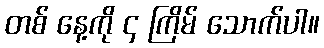
တစ် နေ့ကို ၄ ကြိမ် သောက်ပါ။